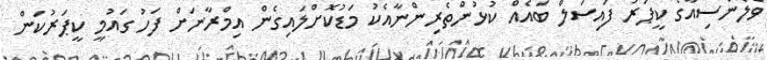
ވެލެންސިއާގެ ކީޕަރު ފައިސަލް ބައެއް ކުޅުންތެރިންނާއެކު މަޑުކޮށްލައިގެން އިމްރާނަށް ފަހު ގައުމީ ކީޕަރުކަން